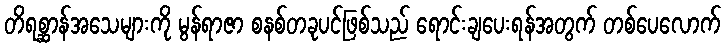
တိရစ္ဆာန်အသေများကို မွန်ရာဇာ စနစ်တခုပင်ဖြစ်သည် ရောင်းချပေးရန်အတွက် တစ်ပေလောက်